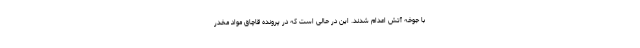
با جوخه آتش اعدام شدند. این در حالی است که در پرونده قاچاق مواد مخدر